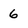
Character: 6